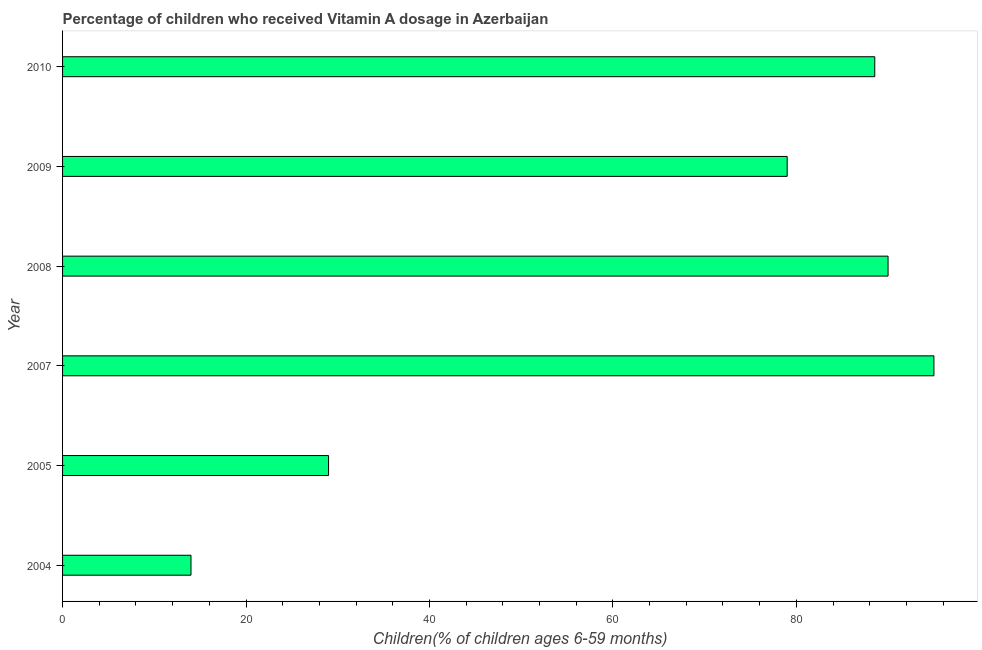
| Year | Vitamin A supplementation coverage rate  |
 | --- | --- |
 | 2004 | 14 |
 | 2005 | 29 |
 | 2007 | 95 |
 | 2008 | 90 |
 | 2009 | 79 |
 | 2010 | 88.5 |